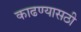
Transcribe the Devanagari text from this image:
काढण्यासठी